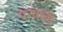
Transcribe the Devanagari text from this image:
पनाला